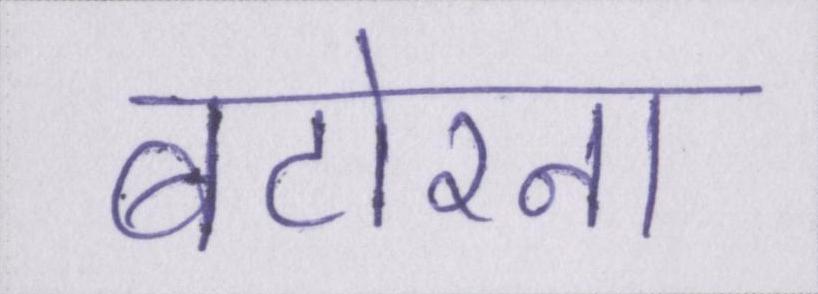
बटोरना